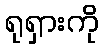
ရုရှားကို